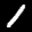
Label: 1